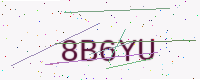
Text: 8B6YU